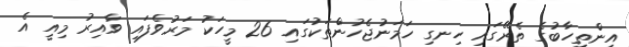
އިންތިހާބުގެ ތެރޭގައި ހިނގި ހަމަނުޖެހުންތަކުގައި 26 މީހަކު މަރުވެފައި ވާއިރު މިއީ އެ